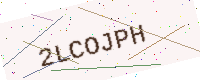
Text: 2LCOJPH